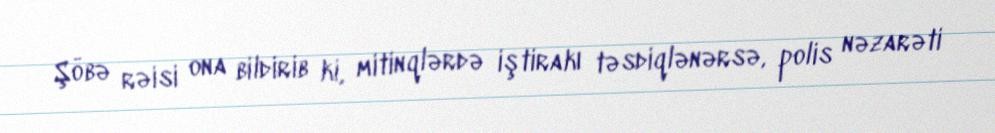
Şöbə rəisi ona bildirib ki, mitinqlərdə iştirakı təsdiqlənərsə, polis nəzarəti